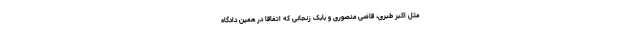
مثل اکبر طبری، قاضی منصوری و بابک زنجانی که اتفاقاً در همین دادگاه